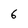
Character: 6